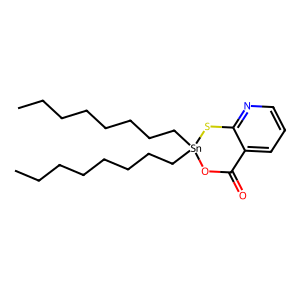
SMILES: CCCCCCCC[Sn]1(CCCCCCCC)OC(=O)c2cccnc2S1
Inhibits HIV replication: No